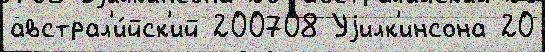
австрал'и́йск'ий 200708 Уjилк'инсона 20